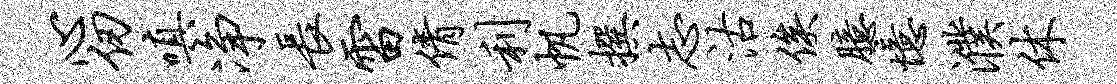
心仞嗔净长雷倩利帆撰志沽俟臆忆濮休